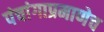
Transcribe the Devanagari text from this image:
पंचांगाप्रमाणेच